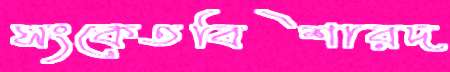
সংকেতবিশারদ